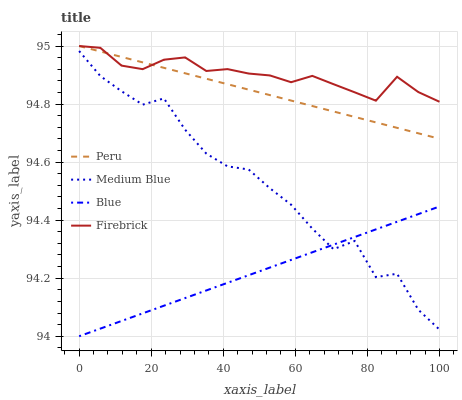
| xaxis_label | Peru | Medium Blue | Blue | Firebrick |
 | --- | --- | --- | --- | --- |
 | 0 | 95 | 95 | 94 | 95 |
 | 5.88 | 95 | 94.9 | 94 | 95 |
 | 11.8 | 95 | 94.8 | 94.1 | 94.9 |
 | 17.6 | 94.9 | 94.8 | 94.1 | 94.9 |
 | 23.5 | 94.9 | 94.8 | 94.1 | 95 |
 | 29.4 | 94.9 | 94.7 | 94.1 | 95 |
 | 35.3 | 94.9 | 94.6 | 94.2 | 94.9 |
 | 41.2 | 94.9 | 94.6 | 94.2 | 94.9 |
 | 47.1 | 94.8 | 94.6 | 94.2 | 94.9 |
 | 52.9 | 94.8 | 94.5 | 94.2 | 94.9 |
 | 58.8 | 94.8 | 94.5 | 94.3 | 94.9 |
 | 64.7 | 94.8 | 94.4 | 94.3 | 94.9 |
 | 70.6 | 94.8 | 94.3 | 94.3 | 94.9 |
 | 76.5 | 94.8 | 94.3 | 94.3 | 94.8 |
 | 82.4 | 94.7 | 94.2 | 94.4 | 94.8 |
 | 88.2 | 94.7 | 94.2 | 94.4 | 94.9 |
 | 94.1 | 94.7 | 94.1 | 94.4 | 94.8 |
 | 100 | 94.7 | 94 | 94.4 | 94.8 |